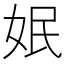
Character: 姄